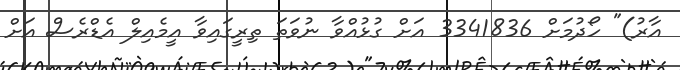
އާރު)" ހޯދުމަށް 3341836 އަށް ގުޅުއްވާ ނުވަތަ ތިރީގައިވާ އީމެއިލް އެޑްރެސް އަށް